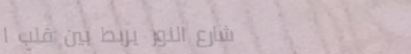
شارع النور يربط بين قلب ا